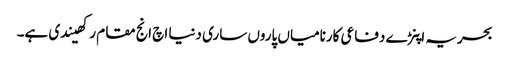
بحریہ اپنڑے دفاعی کارنامیاں پاروں ساری دنیا اچ انج مقام رکھیندی ہے۔